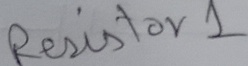
Text: Resistor 1